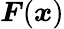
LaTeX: \boldsymbol{F}(\boldsymbol{\mathit{x}})